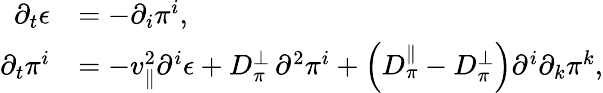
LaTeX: \begin{array}{rl}{\partial_{t}\epsilon}&{=-\partial_{i}\pi^{i},}\\ {\partial_{t}\pi^{i}}&{=-v_{\| }^{2}\partial^{i}\epsilon+D_{\pi}^{\perp}\, \partial^{2}\pi^{i}+\left(D_{\pi}^{\| }-D_{\pi}^{\perp}\right)\partial^{i}\partial_{k}\pi^{k},}\end{array}